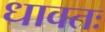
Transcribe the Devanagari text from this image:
धावतः